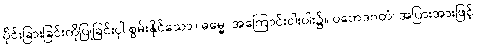
ပိုင်းခြားခြင်းကိုပြုခြင်းငှါ စွမ်းနိုင်သော။ ဓမ္မေ၊ အကြောင်းငါးပါး၌။ ပဘေဒဂတံ၊ အပြားအားဖြင့်